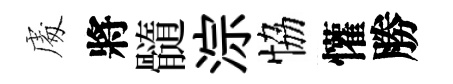
䖏將髓淙恊懽勝